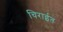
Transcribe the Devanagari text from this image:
चिराईत